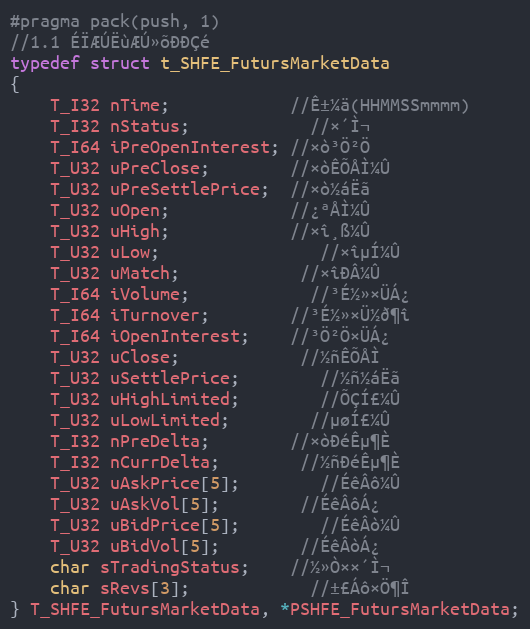
Language: C
#pragma pack(push, 1)
//1.1 ÉÏÆÚËùÆÚ»õÐÐÇé
typedef struct t_SHFE_FutursMarketData
{
	T_I32 nTime;			//Ê±¼ä(HHMMSSmmmm)
	T_I32 nStatus;			//×´Ì¬
	T_I64 iPreOpenInterest; //×ò³Ö²Ö
	T_U32 uPreClose;		//×òÊÕÅÌ¼Û
	T_U32 uPreSettlePrice;  //×ò½áËã
	T_U32 uOpen;			//¿ªÅÌ¼Û
	T_U32 uHigh;			//×î¸ß¼Û
	T_U32 uLow;				//×îµÍ¼Û
	T_U32 uMatch;			//×îÐÂ¼Û
	T_I64 iVolume;			//³É½»×ÜÁ¿
	T_I64 iTurnover;		//³É½»×Ü½ð¶î
	T_I64 iOpenInterest;	//³Ö²Ö×ÜÁ¿
	T_U32 uClose;			//½ñÊÕÅÌ
	T_U32 uSettlePrice;		//½ñ½áËã
	T_U32 uHighLimited;		//ÕÇÍ£¼Û
	T_U32 uLowLimited;		//µøÍ£¼Û
	T_I32 nPreDelta;		//×òÐéÊµ¶È
	T_I32 nCurrDelta;		//½ñÐéÊµ¶È
	T_U32 uAskPrice[5];		//ÉêÂô¼Û
	T_U32 uAskVol[5];		//ÉêÂôÁ¿
	T_U32 uBidPrice[5];		//ÉêÂò¼Û
	T_U32 uBidVol[5];		//ÉêÂòÁ¿
	char sTradingStatus;	//½»Ò××´Ì¬
	char sRevs[3];			//±£Áô×Ö¶Î
} T_SHFE_FutursMarketData, *PSHFE_FutursMarketData;